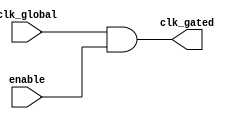
module clock_gating_cell (
    input wire clk_global,     // Global clock input
    input wire enable,         // Enable signal
    output wire clk_gated      // Gated clock output
);

    // Clock gating mechanism using AND gate
    assign clk_gated = clk_global & enable;

endmodule